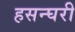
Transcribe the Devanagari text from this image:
हसन्घरी